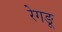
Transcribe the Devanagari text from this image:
रेगङू